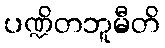
ပဏ္ဍိတဘူမီတိ